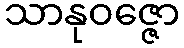
သာနုဝဇ္ဇော